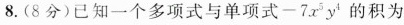
8.(8分)已知一个多项式与单项式-7x^{5}y^{4}的积为